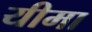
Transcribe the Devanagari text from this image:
यीमा